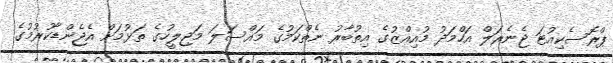
ޕްރޮސެކިއުޓަ ޖެނެރަލް އަހްމަދު މުއިއްޒުގެ އިތުބާރު ނެތްކަމުގެ މައްސަލަ މަޖިލީހުގެ ތަޅުމަށް އެޖެންޑާކުރުމުގެ